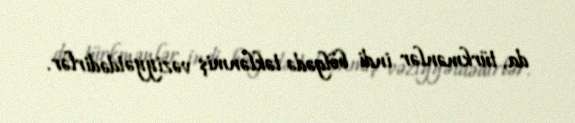
da, türkmənlər indi bölgədə təklənmiş vəziyyətdədirlər.